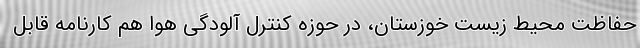
حفاظت محیط ‌زیست خوزستان، در حوزه کنترل آلودگی هوا هم کارنامه قابل